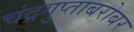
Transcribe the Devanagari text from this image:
चंद्रगुप्ताबरोबर